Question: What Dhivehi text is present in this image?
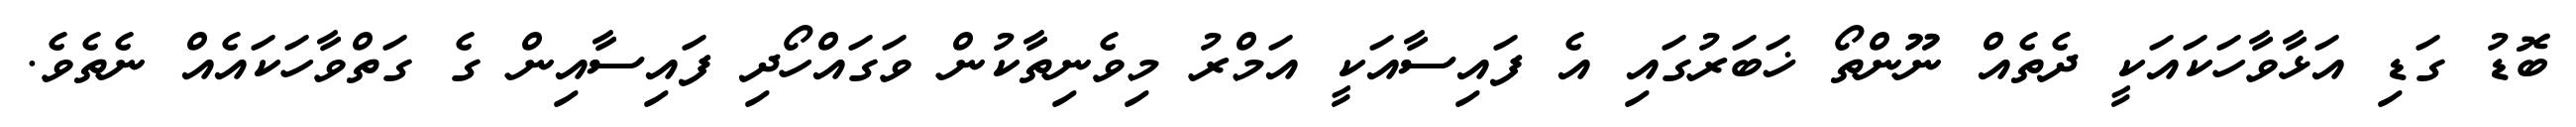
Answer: ބޮޑު ގަޑި އަޅާވާހަކައަކީ ދެތެއް ނޫންތޯ ޚަބަރުގައި އެ ފައިސާއަކީ އަމްރު މިވެނިތާކުން ވަގައްހޯދި ފައިސާއިން ގެ ގަތްވާހަކައެއް ނެތެވެ.